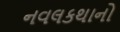
નવલકથાનો